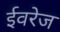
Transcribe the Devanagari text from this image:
ईवरेज